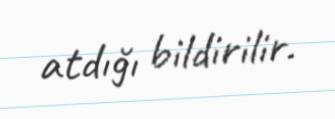
atdığı bildirilir.